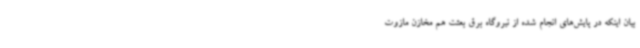
بیان اینکه در پایش‌های انجام شده از نیروگاه برق بعثت هم مخازن مازوت